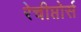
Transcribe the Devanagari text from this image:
रेचीप्तोर्स